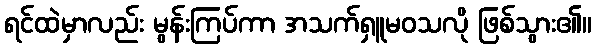
ရင်ထဲမှာလည်း မွန်းကြပ်ကာ အသက်ရှူမဝသလို ဖြစ်သွား၏။